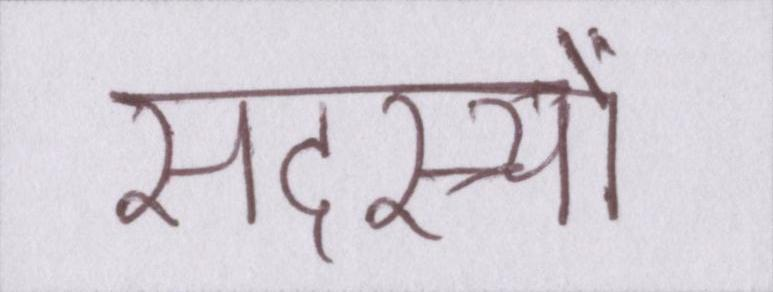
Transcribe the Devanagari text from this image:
सदस्यों